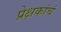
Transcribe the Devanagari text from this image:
प्रेक्षकांचं